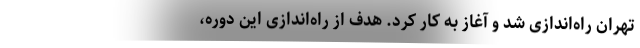
تهران راه‌اندازی شد و آغاز به کار کرد. هدف از راه‌اندازی این دوره،